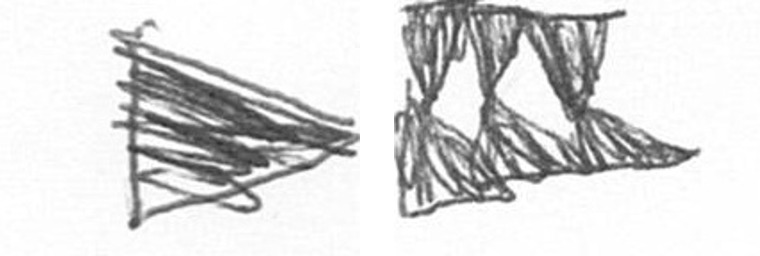
T D